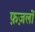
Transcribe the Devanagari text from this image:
फ़ज़लों